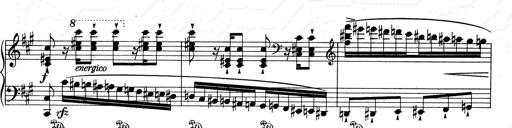
Title: RÃ©miniscences de Don Juan
Composer: Franz Liszt